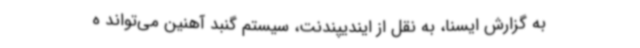
به گزارش ایسنا، به نقل از ایندیپندنت، سیستم گنبد آهنین می‌تواند ه